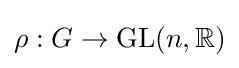
\rho :G\to \mathrm {GL} (n,\mathbb {R} )